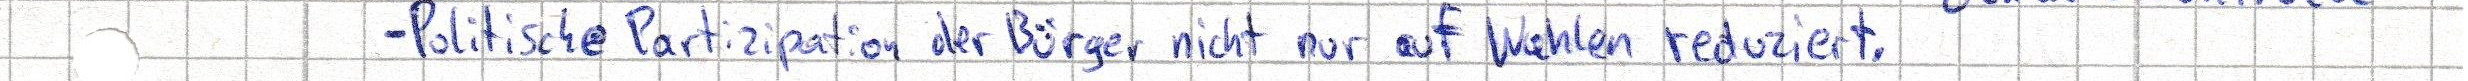
- Politische Partizipation der Bürger nicht nur auf Wahlen reduziert.